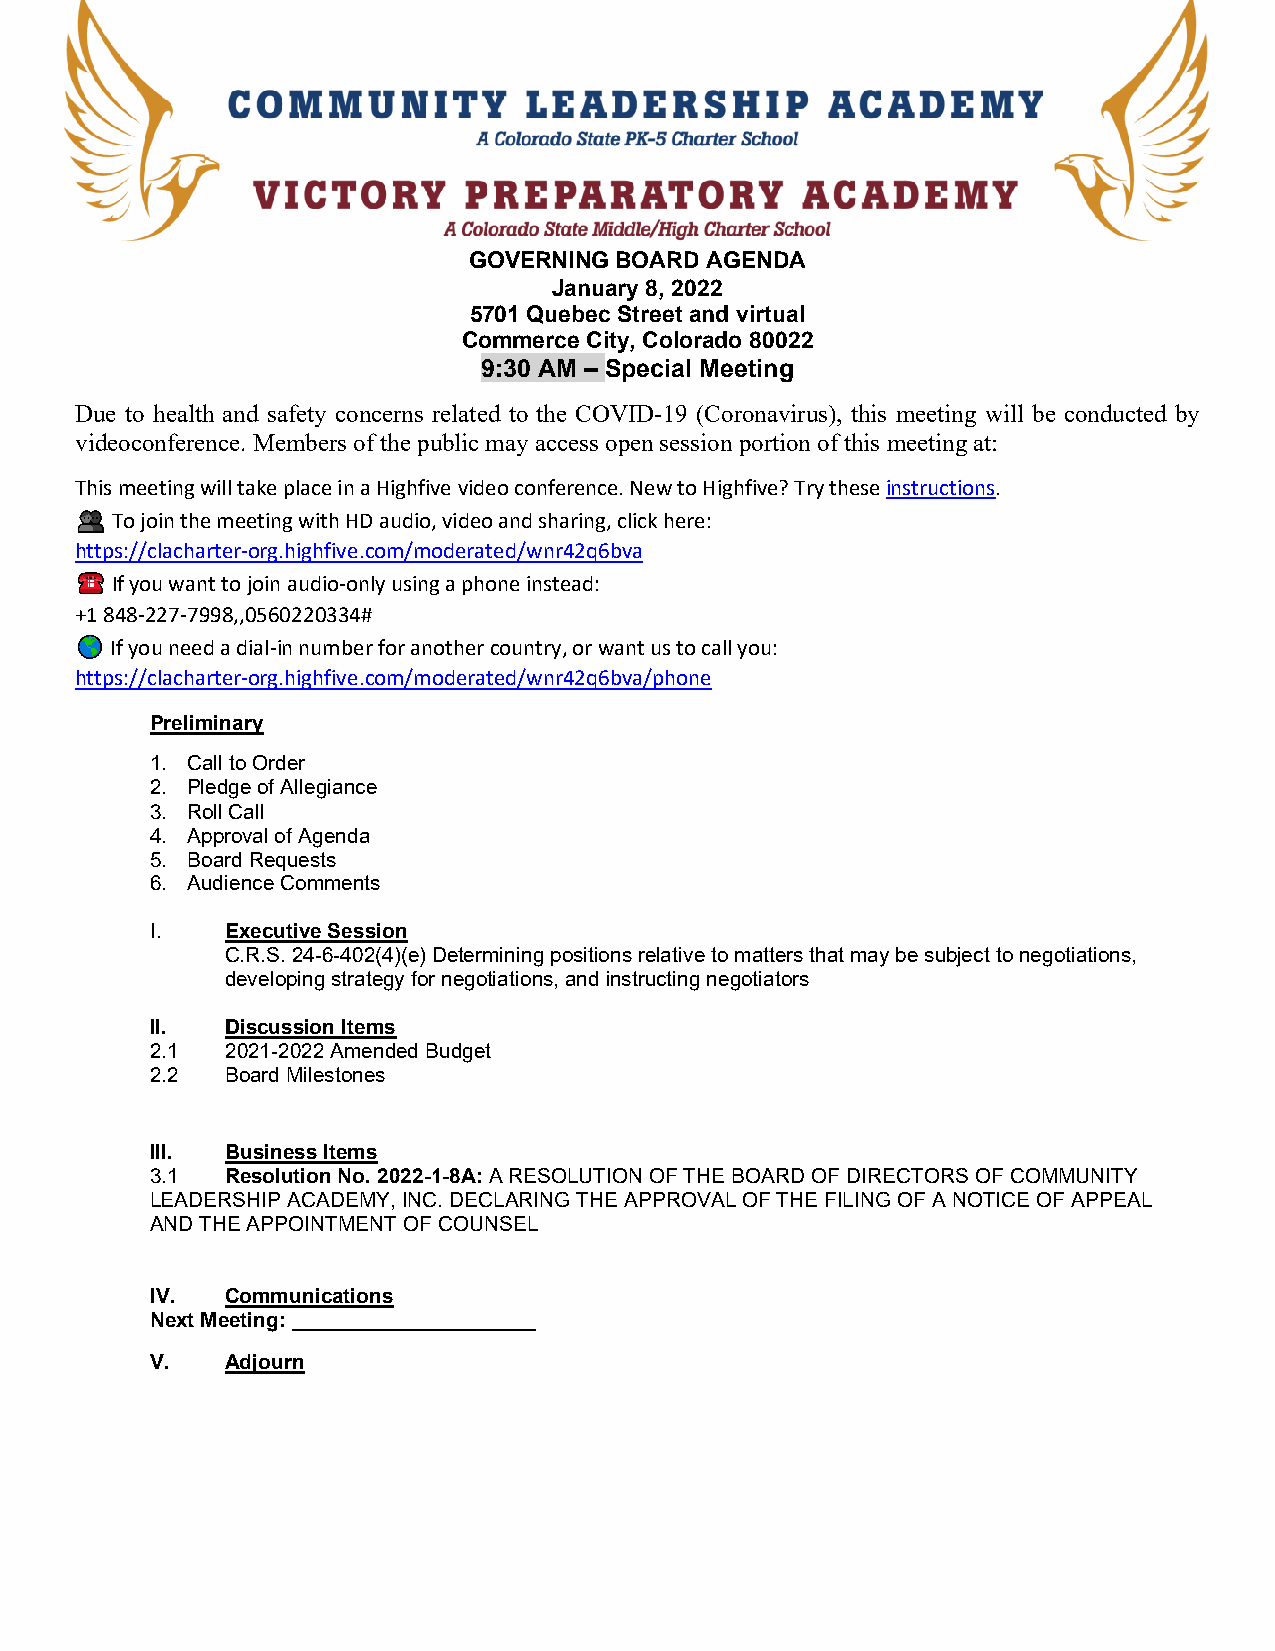
GOVERNING BOARD AGENDA
 January 8, 2022
 5701 Quebec Street and virtual
 Commerce City, Colorado 80022
 9:30 AM – Special Meeting
 Due to health and safety concerns related to the COVID-19 (Coronavirus), this meeting will be conducted by
 videoconference. Members of the public may access open session portion of this meeting at:
 This meeting will take place in a Highfive video conference. New to Highfive? Try these instructions.
 ������ To join the meeting with HD audio, video and sharing, click here:
 https://clacharter-org.highfive.com/moderated/wnr42q6bva
 ����� If you want to join audio-only using a phone instead:
 +1 848-227-7998,,0560220334#
 ��� If you need a dial-in number for another country, or want us to call you:
 https://clacharter-org.highfive.com/moderated/wnr42q6bva/phone
 Preliminary
 1. Call to Order
 2. Pledge of Allegiance
 3. Roll Call
 4. Approval of Agenda
 5. Board Requests
 6. Audience Comments
 I.   Executive Session
 C.R.S. 24-6-402(4)(e) Determining positions relative to matters that may be subject to negotiations,
 developing strategy for negotiations, and instructing negotiators
 II.  Discussion Items
 2.1  2021-2022 Amended Budget
 2.2  Board Milestones
 III. Business Items
 3.1  Resolution No. 2022-1-8A: A RESOLUTION OF THE BOARD OF DIRECTORS OF COMMUNITY
 LEADERSHIP ACADEMY, INC. DECLARING THE APPROVAL OF THE FILING OF A NOTICE OF APPEAL
 AND THE APPOINTMENT OF COUNSEL
 IV.  Communications
 Next Meeting: _____________________
 V.   Adjourn